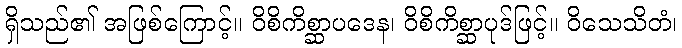
ရှိသည်၏ အဖြစ်ကြောင့်။ ဝိစိကိစ္ဆာပဒေန၊ ဝိစိကိစ္ဆာပုဒ်ဖြင့်။ ဝိသေသိတံ၊